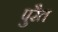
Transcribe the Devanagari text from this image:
पुरैत